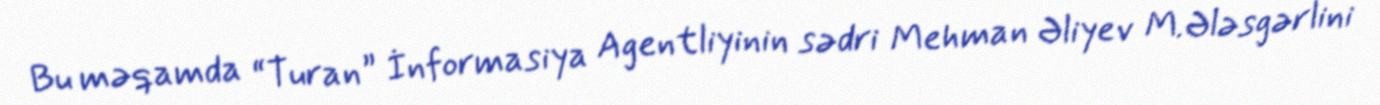
Bu məqamda “Turan” İnformasiya Agentliyinin sədri Mehman Əliyev M.Ələsgərlini